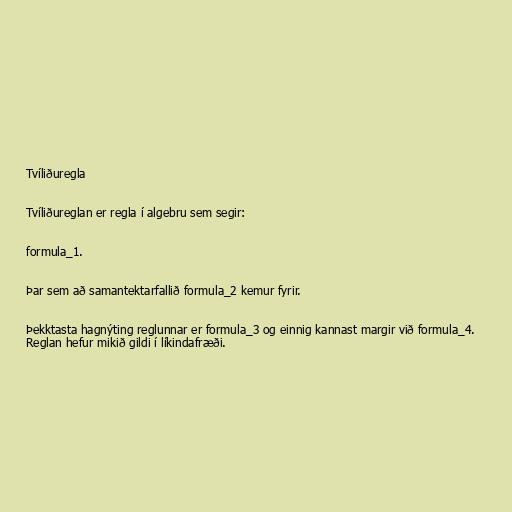
Tvíliðuregla

Tvíliðureglan er regla í algebru sem segir:

formula_1.

Þar sem að samantektarfallið formula_2 kemur fyrir.

Þekktasta hagnýting reglunnar er formula_3 og einnig kannast margir við formula_4.
Reglan hefur mikið gildi í líkindafræði.